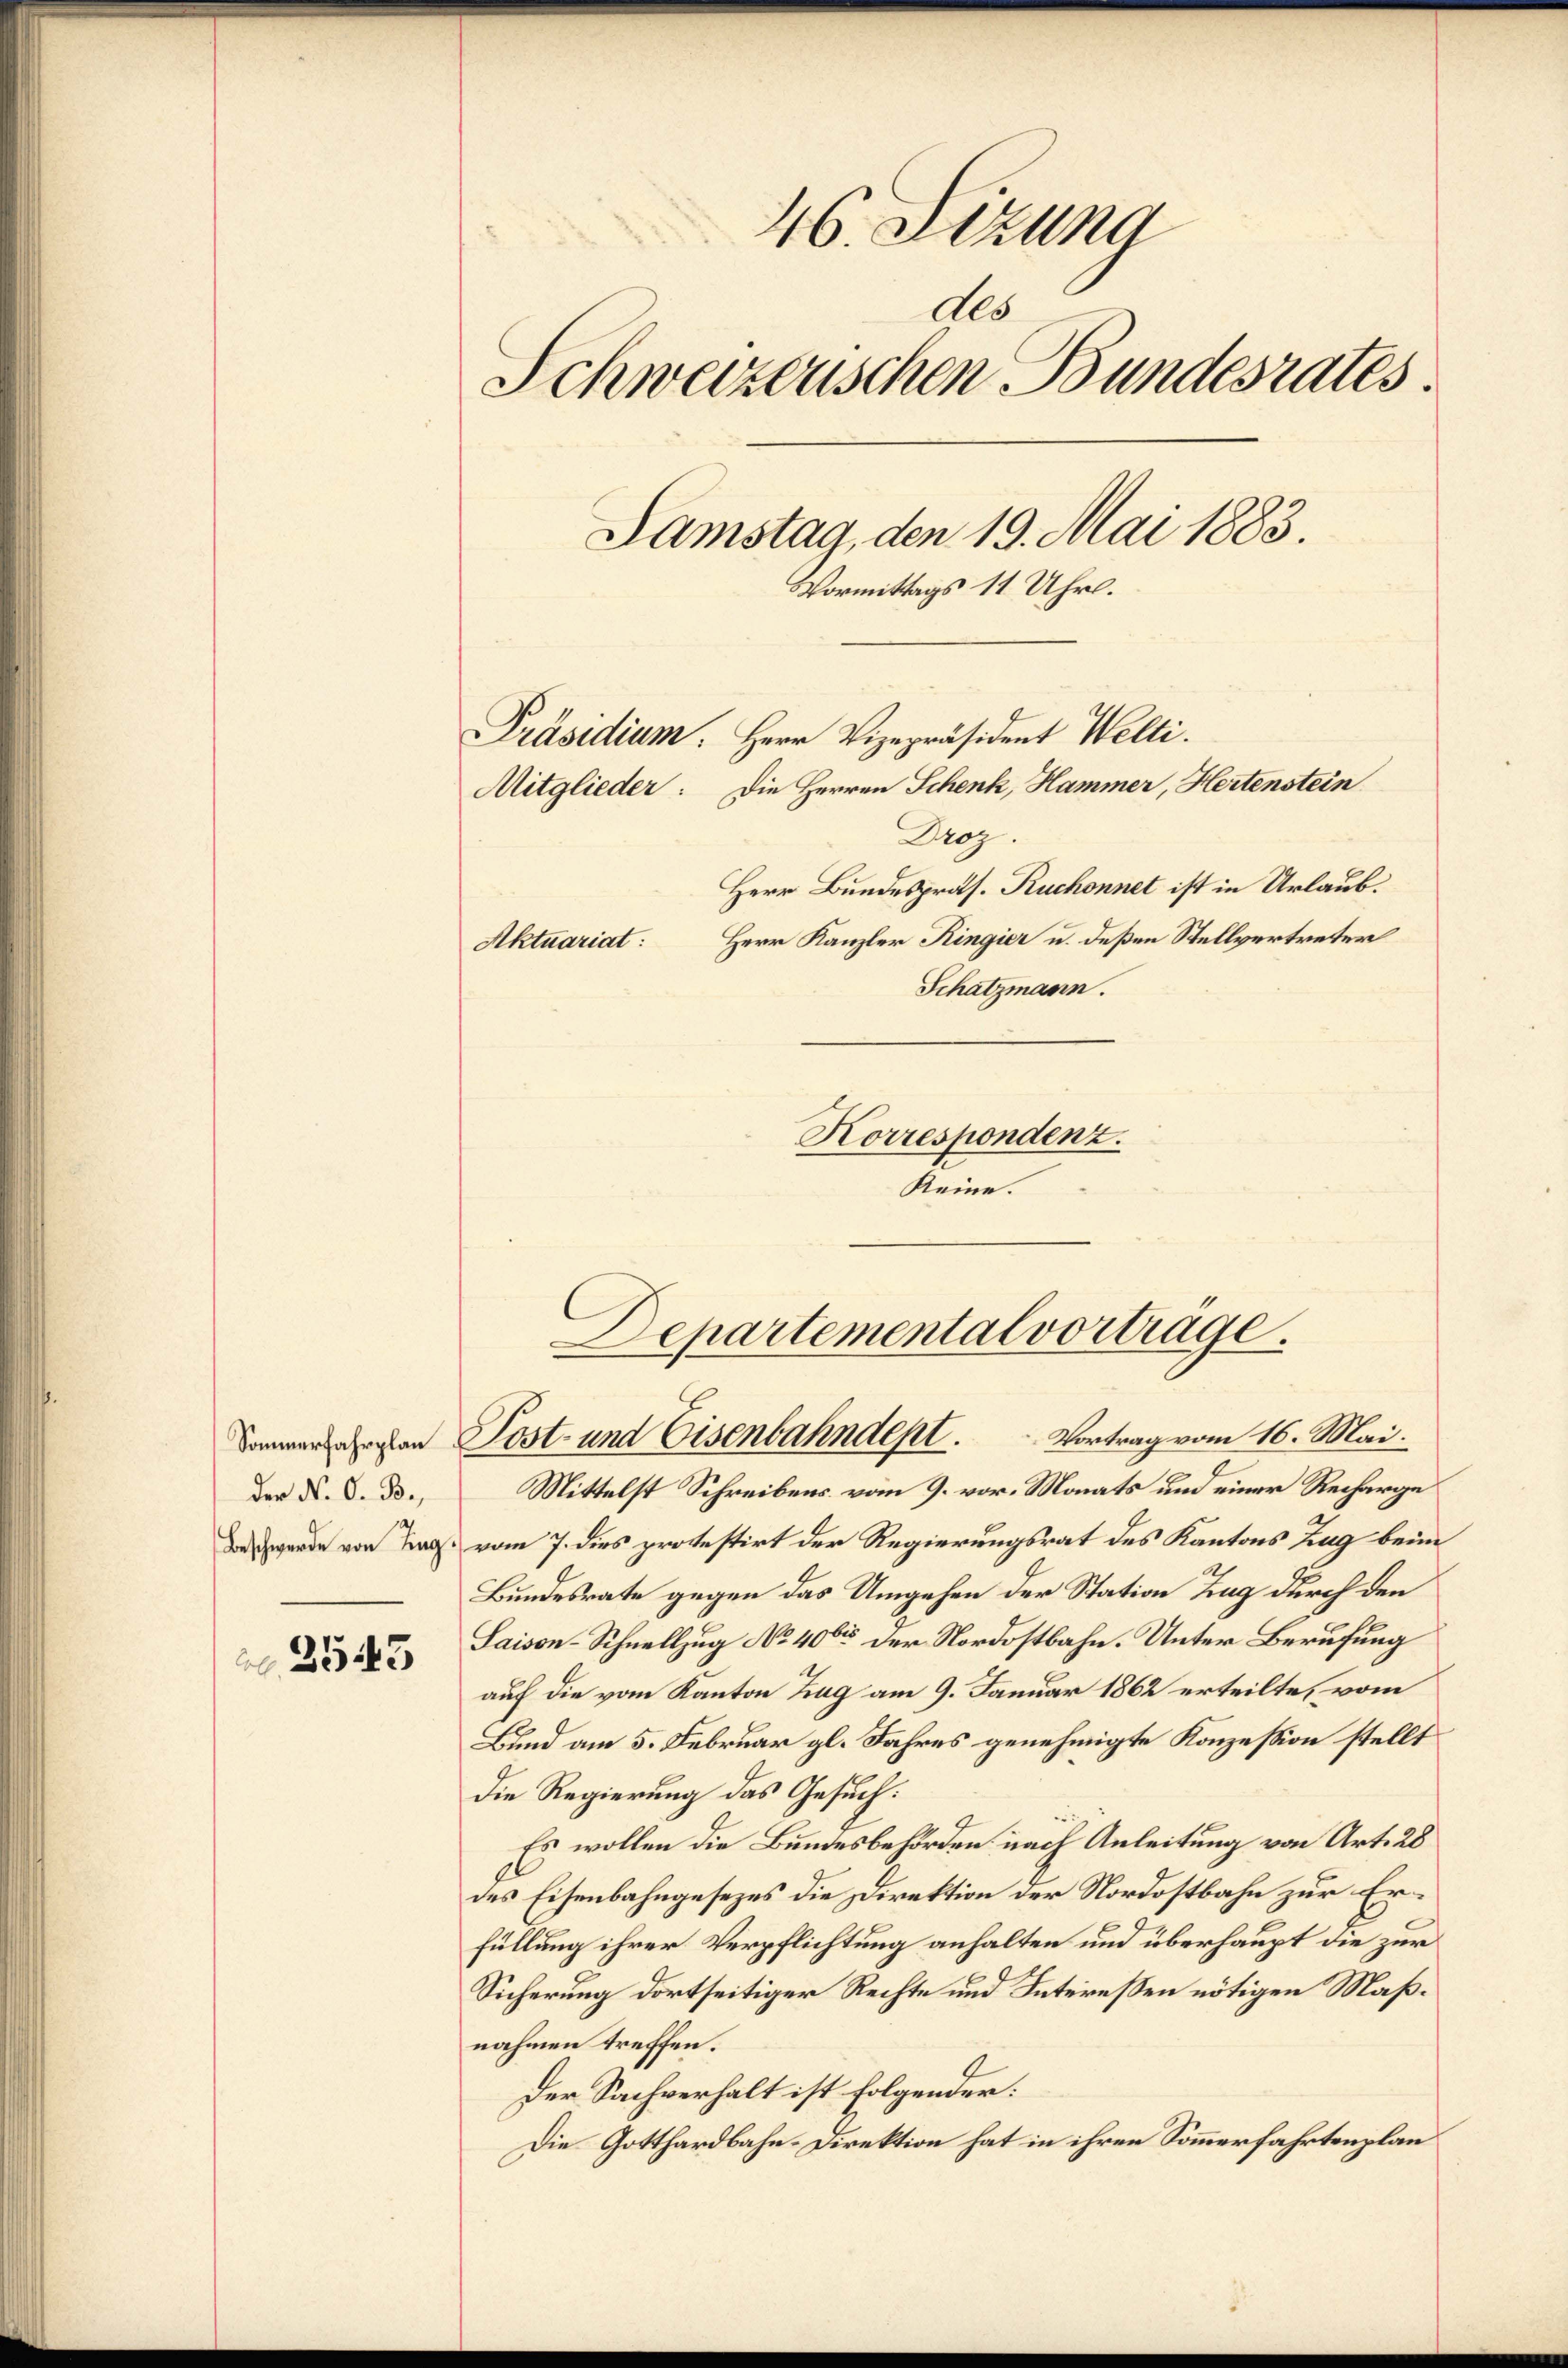
Sommerfahrplan
Der N. O. B.,
Beschwerde von Tag

2543

46. Sizung
des
Schweizerischen Bundesrates.
Samstag, den 19. Mai 1883
Vormittags 11 Uhr.
Präsidium. Herr Vizepräsident Welti.
Mitglieder: Die Herren Schenk, Hammer, Hertenstein
Droz
Herr Bundespräs. Ruchonnet ist in Urlaub.
Herr Kanzler Ringier u. deßen Stellvertreter
Aktuariat:
Schatzmann.
Korrespondenz.

Keine.

Departemental vortrage.
Post- und Eisenbahndept. Vortrag vom 16. Mai.

Mittelst Schreibens vom 9. vor. Monats und einer Recharge
vom 7. dies protestirt der Regierungsrat des Kantons Zug beim
Bundesrate gegen das Umgehen der Station Zug durch den
Saison-Schnellzug No 400 der Nordostbahn. Unter Berufung
auf die vom Kanton Zug am 9. Januar 1862 erteilte, vom
Bund am 5. Februar gl. Jahres genehmigte Konzession stellt
die Regierung das Gesuch:
Es wollen die Bundesbehörden nach Anleitung von Art. 28
des Eisenbahngesezes die Direktion der Nordostbahn zur Erfüllung ihrer Verpflichtung anhalten und überhaupt die zur
Sicherung dortseitiger Rechte und Intereßen nötigen Maßnahmen treffen.
Der Sachverhalt ist folgender:
Die Gotthardbahn-Direktion hat in ihren Sommerfahrtenplan